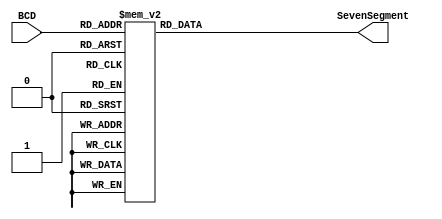
`timescale 1ns / 1ps
//////////////////////////////////////////////////////////////////////////////////
// Company: 
// 
//////////////////////////////////////////////////////////////////////////////////


module BCD_Decoder(
input [3:0]BCD,
    output reg [6:0]SevenSegment
);
//------------------------------------------------------------------------------
// Combinational circuit to convert BCD input to seven-segment output
always @(BCD) 
begin
case(BCD)
    // gfedcba
    4'd0 : SevenSegment <= 7'b0111111;  //     a
    4'd1 : SevenSegment <= 7'b0000110;  //    ----
    4'd2 : SevenSegment <= 7'b1011011;  //   |   |
    4'd3 : SevenSegment <= 7'b1001111;  //  f| g |b
    4'd4 : SevenSegment <= 7'b1100110;  //    ----
    4'd5 : SevenSegment <= 7'b1101101;  //   |   |
    4'd6 : SevenSegment <= 7'b1111101;  //  e|   |c
    4'd7 : SevenSegment <= 7'b0000111;  //    ----
    4'd8 : SevenSegment <= 7'b1111111;  //      d
    4'd9 : SevenSegment <= 7'b1101111;
default: SevenSegment <= 7'b0000000;
endcase
end
//--------------------------------------------------------------
endmodule